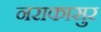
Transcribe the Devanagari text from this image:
नराकासुर